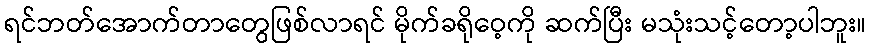
ရင်ဘတ်အောက်တာတွေဖြစ်လာရင် မိုက်ခရိုဝေ့ကို ဆက်ပြီး မသုံးသင့်တော့ပါဘူး။